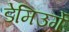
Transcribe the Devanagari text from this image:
डेमिउर्गे